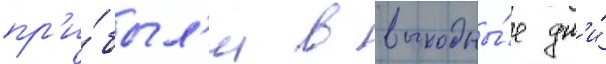
пр'и́был'и в выходны́е дн'и́